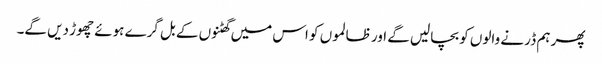
پھر ہم ڈر نے والوں کو بچالیں گے اور ظالموں کو اس میں گھٹنوں کے بل گرے ہوئے چھوڑ دیں گے۔